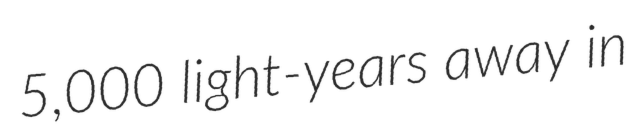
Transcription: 5,000 light-years away in